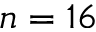
n = 1 6